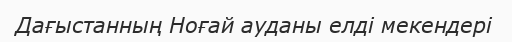
Дағыстанның Ноғай ауданы елді мекендері